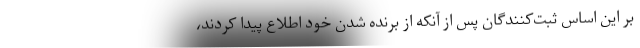
بر این اساس ثبت‌کنندگان پس از آنکه از برنده شدن خود اطلاع پیدا کردند،